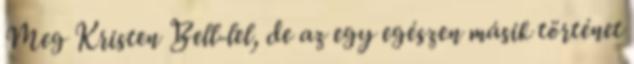
Meg Kristen Bell-lel, de az egy egészen másik történet